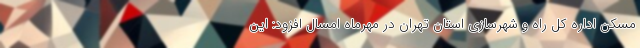
مسکن اداره کل راه و شهرسازی استان تهران در مهرماه امسال افزود: این